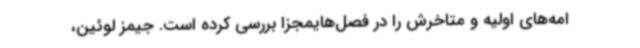
امه‌های اولیه و متاخرش را در فصل‌هایمجزا بررسی کرده است. جیمز لوئین،